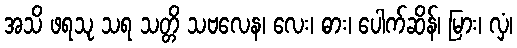
အသိ ဖရသု သရ သတ္တိ သဗလေန၊ လေး၊ ဓား၊ ပေါက်ဆိန်၊ မြား၊ လှံ၊